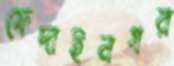
ফেদাইনগর